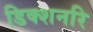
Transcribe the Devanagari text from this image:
डिक्शनरि